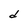
Character: d